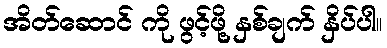
အိတ်ဆောင် ကို ဖွင့်ဖို့ နှစ်ချက် နှိပ်ပါ။